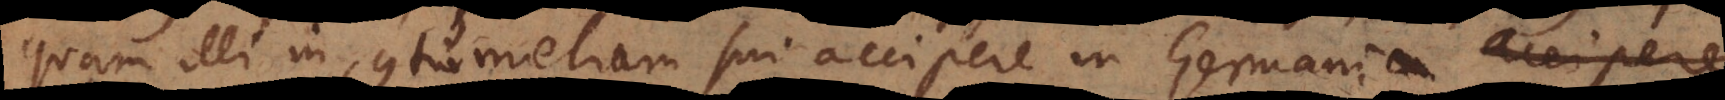
quam illi in contumeliam sui accipere in Germania solent,